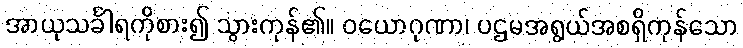
အာယုသင်္ခါရကိုစား၍ သွားကုန်၏။ ဝယောဂုဏာ၊ ပဌမအရွယ်အစရှိကုန်သော